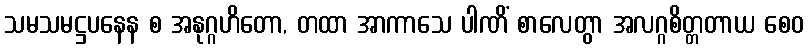
သမသမဋ္ဌပနေန စ အနုဂ္ဂဟိတော, တထာ အာကာသေ ပါဏိံ စာလေတွာ အလဂ္ဂစိတ္တတာယ စေဝ